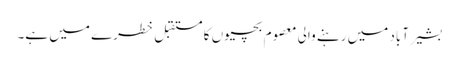
بشیر آباد میں رہنے والی معصوم بچیوں کا مستقبل خطرے میں ہے۔